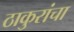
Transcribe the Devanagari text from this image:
ठाकुरांचा